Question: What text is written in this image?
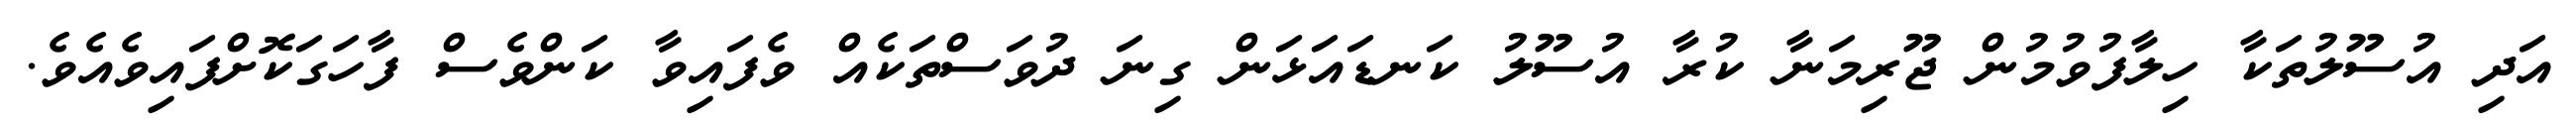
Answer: އަދި އުސޫލުތަކާ ހިލާފުވުމުން ޖޫރިމަނާ ކުރާ އުސޫލު ކަނޑައަޅަން ގިނަ ދުވަސްތަކެއް ވެފައިވާ ކަންވެސް ފާހަގަކޮށްފައިވެއެވެ.